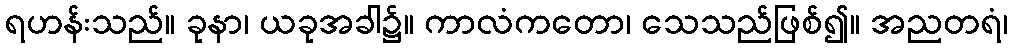
ရဟန်းသည်။ ခုနာ၊ ယခုအခါ၌။ ကာလံကတော၊ သေသည်ဖြစ်၍။ အညတရံ၊